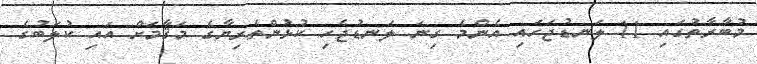
މުބާރާތުގައި 11 ލަނޑުޖަހައި އެންމެ ގިނަ ލަނޑުޖެހި ކުޅުންތެރިޔާގެ މަޤާމަށް އައި ކުލަބުގެ